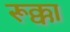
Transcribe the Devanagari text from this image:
रूक्का